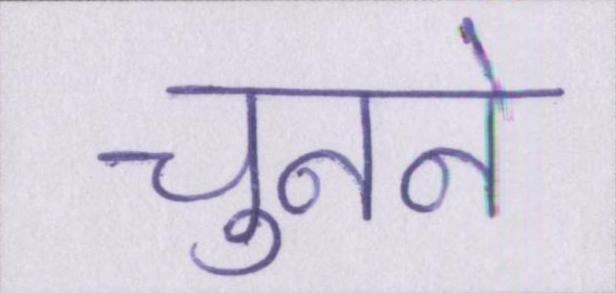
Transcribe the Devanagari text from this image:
चुनने